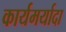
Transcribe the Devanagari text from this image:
कार्यमर्यादा